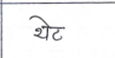
मजकूर: थेट